画像に写った文字を読んでください
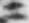
「ニ」と書いてあります